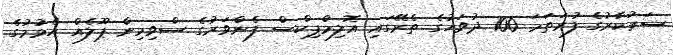
ސަރުކާރުގެ ފުރަތަމަ 100 ދުވަހުގެ ތެރޭގައި އޮލިމްޕިކްސް ފެންވަރުގެ ސްވިމިން ޕޫލެއް އެޅުމުގެ